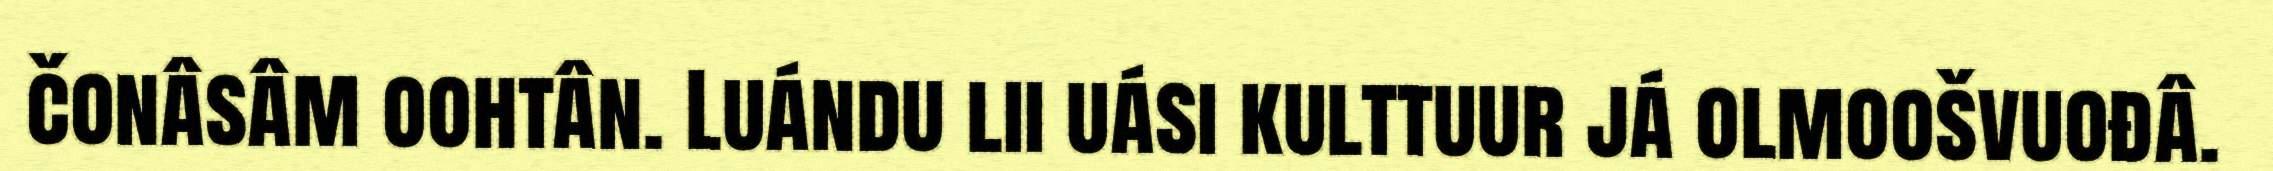
čonâsâm oohtân. Luándu lii uási kulttuur já olmoošvuođâ.